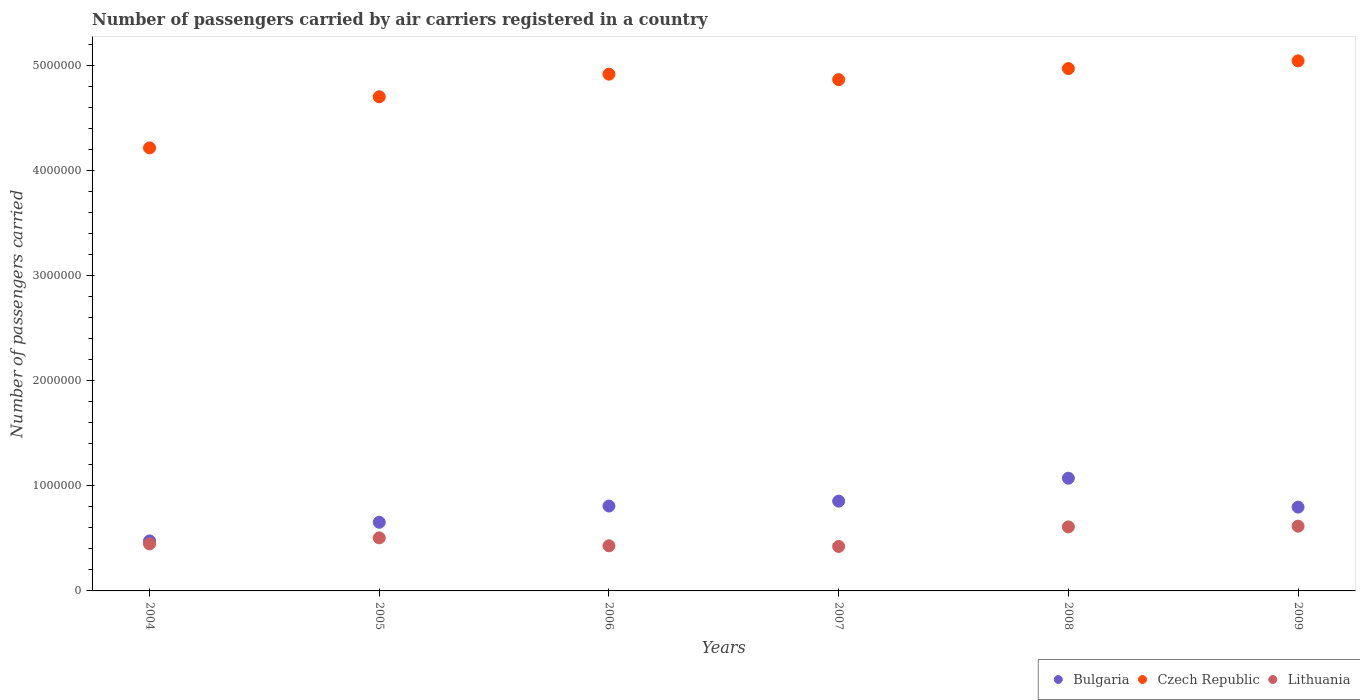
| Years | Bulgaria | Czech Republic | Lithuania |
 | --- | --- | --- | --- |
 | 2004 | 4.76e+05 | 4.22e+06 | 4.48e+05 |
 | 2005 | 6.54e+05 | 4.71e+06 | 5.05e+05 |
 | 2006 | 8.08e+05 | 4.92e+06 | 4.3e+05 |
 | 2007 | 8.55e+05 | 4.87e+06 | 4.24e+05 |
 | 2008 | 1.07e+06 | 4.97e+06 | 6.1e+05 |
 | 2009 | 7.98e+05 | 5.05e+06 | 6.17e+05 |